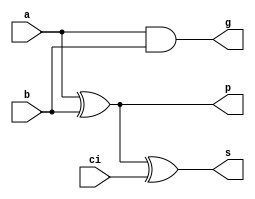
module pfa(input a, input b, input ci, output p, output g, output s);


assign p = a ^ b;
assign g = a & b;
assign s = a ^ b ^ ci;

endmodule